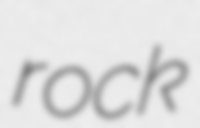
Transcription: rock